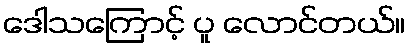
ဒေါသကြောင့် ပူ လောင်တယ်။